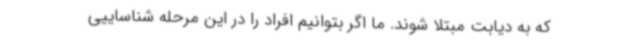
که به دیابت مبتلا شوند. ما اگر بتوانیم افراد را در این مرحله شناساییی